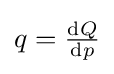
q={\tfrac {\mathrm {d} Q}{\mathrm {d} p}}